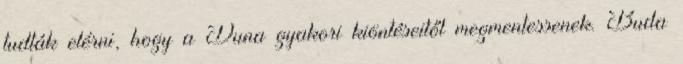
tudták elérni, hogy a Duna gyakori kiöntéseitől megmentessenek. Buda